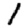
Digit: 1